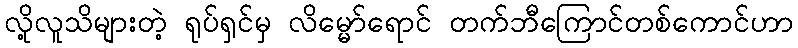
လို့လူသိများတဲ့ ရုပ်ရှင်မှ လိမ္မော်ရောင် တက်ဘီကြောင်တစ်ကောင်ဟာ